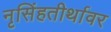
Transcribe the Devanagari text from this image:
नृसिंहतीर्थावर